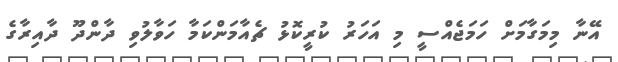
އޭނާ މިމަގާމަށް ހަމަޖެއްސީ މި އަހަރު ކުރީކޮޅު ޗެއާމަންކަމާ ހަވާލުވި ދާންދޫ ދާއިރާގެ